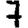
Digit: 7